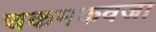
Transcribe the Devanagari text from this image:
चकमकवजा